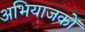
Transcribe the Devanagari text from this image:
अभियाजकों